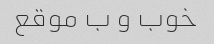
خوب و ب موقع